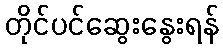
တိုင်ပင်ဆွေးနွေးရန်